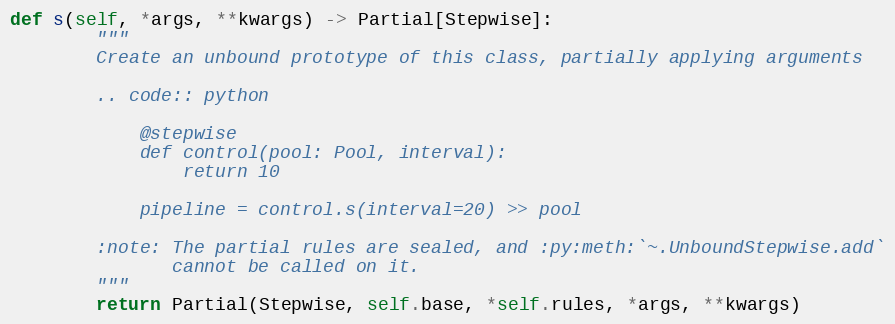
Language: Python
def s(self, *args, **kwargs) -> Partial[Stepwise]:
        """
        Create an unbound prototype of this class, partially applying arguments

        .. code:: python

            @stepwise
            def control(pool: Pool, interval):
                return 10

            pipeline = control.s(interval=20) >> pool

        :note: The partial rules are sealed, and :py:meth:`~.UnboundStepwise.add`
               cannot be called on it.
        """
        return Partial(Stepwise, self.base, *self.rules, *args, **kwargs)